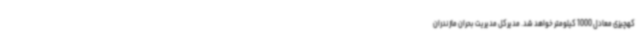
کهچیزی معادل 1000 کیلومتر خواهد شد. مدیرکل مدیریت بحران مازندران